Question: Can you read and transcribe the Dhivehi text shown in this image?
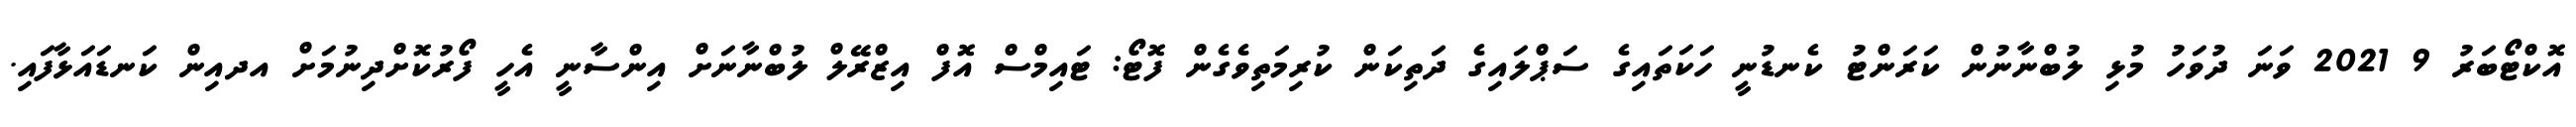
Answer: އޮކްޓޯބަރު 9 2021 ވަނަ ދުވަހު މުޅި ލުބްނާނުން ކަރަންޓު ކެނޑުނީ ހަކަތައިގެ ސަޕްލައިގެ ދަތިކަން ކުރިމަތިވެގެން ފޮޓޯ: ޓައިމްސް އޮފް އިޒްރޭލް ލުބްނާނަށް އިންސާނީ އެހީ ފޯރުކޮށްދިނުމަށް އދއިން ކަނޑައަޅާފައި.